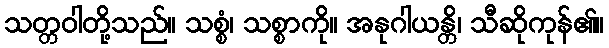
သတ္တဝါတို့သည်။ သစ္စံ၊ သစ္စာကို။ အနုဂါယန္တိ၊ သီဆိုကုန်၏။